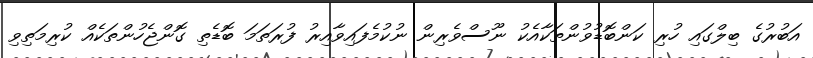
އަބުރުގެ ބިލްގައި ހުރި ކަންބޮޑުވުންތަކާއެކު ނޫސްވެރިން ނުކުމެފައިވާއިރު ފުރަތަމަ ބޮޑެތި ގޮންޖެހުންތަކެއް ކުރިމަތިވި